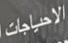
الاحياجات